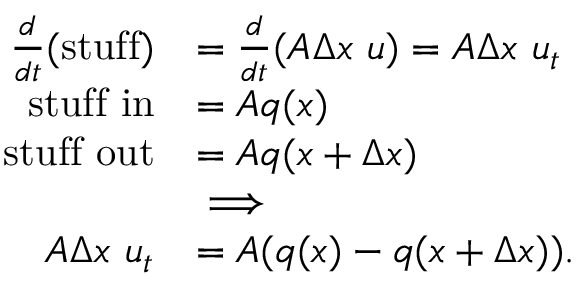
\begin{array} { r l } { \frac { d } { d t } ( \mathrm { s t u f f } ) } & { = \frac { d } { d t } ( A \Delta x ~ u ) = A \Delta x ~ u _ { t } } \\ { \mathrm { s t u f f ~ i n } } & { = A q ( x ) } \\ { \mathrm { s t u f f ~ o u t } } & { = A q ( x + \Delta x ) } \\ & { \implies } \\ { A \Delta x ~ u _ { t } } & { = A ( q ( x ) - q ( x + \Delta x ) ) . } \end{array}